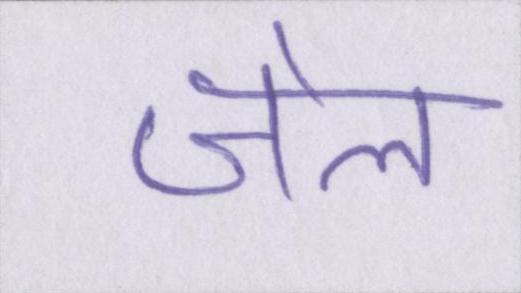
जेल